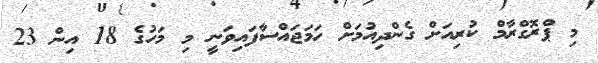
މި ޕްރޮގްރާމް ކުރިއަަށް ގެންދިއުމަށް ހަމަޖައްސާފައިވަނީ މި މަހުގެ 18 އިން 23